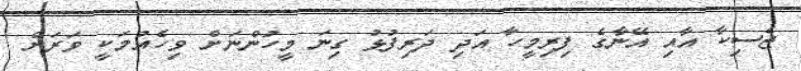
ޖެސިކާ އާއި އޭނާގެ ފިރިމީހާ އަދި ދަރިފުޅު ގިނަ މީހުންނަށް ވިހެއުމަކީ ވަރަށް